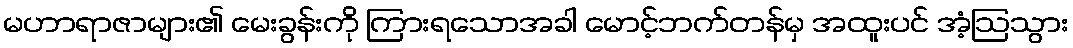
မဟာရာဇာများ၏ မေးခွန်းကို ကြားရသောအခါ မောင့်ဘက်တန်မှ အထူးပင် အံ့ဩသွား